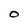
Character: O